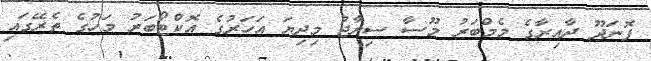
ފޮނަދޫ ދާއިރާގެ މެމްބަރު މޫސާ ސިރާޖު މިދިޔަ އަހަރުގެ އޮކްޓޯބަރު މަހުގެ ތެރޭގައި